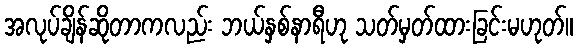
အလုပ်ချိန်ဆိုတာကလည်း ဘယ်နှစ်နာရီဟု သတ်မှတ်ထားခြင်းမဟုတ်။